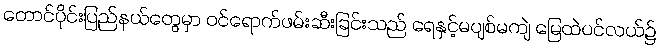
တောင်ပိုင်းပြည်နယ်တွေမှာ ဝင်ရောက်ဖမ်းဆီးခြင်းသည် ရေနှင့်မပျစ်မကျဲ မြေထဲပင်လယ်၌